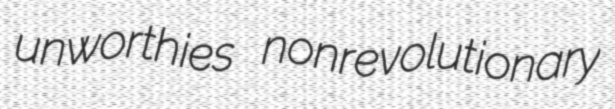
unworthies nonrevolutionary